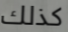
كذلك